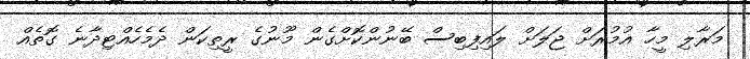
މަރާލި މީހާ އުމުރަށް ޖަލަށް ލައިފިބިސް ބޭނުންކޮށްގެން މޫނުގެ ރީތިކަން ދެމެހެއްޓިދާނެ ގޮތެއް